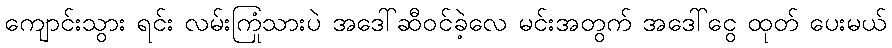
ကျောင်းသွား ရင်း လမ်းကြုံသားပဲ အဒေါ်ဆီဝင်ခဲ့လေ မင်းအတွက် အဒေါ်ငွေ ထုတ် ပေးမယ်